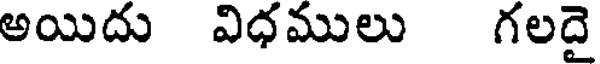
అయిదు విధములు గలదై